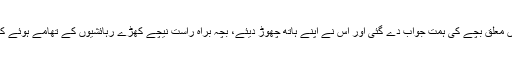
کچھ ہی ساعتوں میں ہوا میں معلق بچے کی ہمت جواب دے گئی اور اس نے اپنے ہاتھ چھوڑ دیئے، بچہ براہ راست نیچے کھڑے رہائشیوں کے تھامے ہوئے کمبل پر گرا اور محفوظ رہا۔